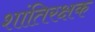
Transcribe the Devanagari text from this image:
शांतिरक्षक